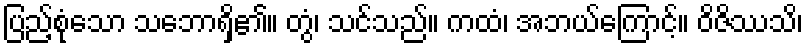
ပြည့်စုံသော သဘောရှိ၏။ တွံ၊ သင်သည်။ ကထံ၊ အဘယ်ကြောင့်။ ဝိဇိဿသိ၊